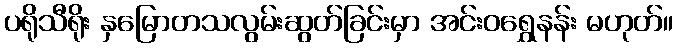
ပရိုသီရိုး နှမြောတသလွမ်းဆွတ်ခြင်းမှာ အင်းဝရွှေနန်း မဟုတ်။